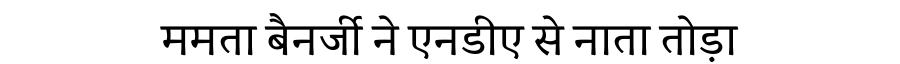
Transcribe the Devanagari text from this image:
ममता बैनर्जी ने एनडीए से नाता तोड़ा